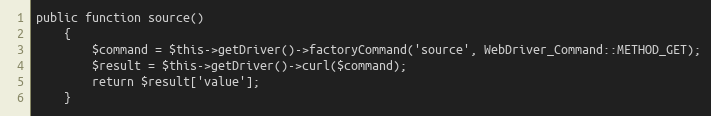
Language: PHP
public function source()
    {
        $command = $this->getDriver()->factoryCommand('source', WebDriver_Command::METHOD_GET);
        $result = $this->getDriver()->curl($command);
        return $result['value'];
    }